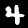
Label: 4